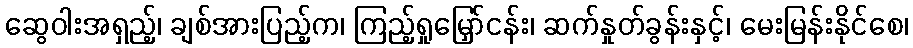
ဆွေဝါးအရှည့်၊ ချစ်အားပြည့်က၊ ကြည့်ရှုမြှော်ငန်း၊ ဆက်နှုတ်ခွန်းနှင့်၊ မေးမြန်းနိုင်စေ၊